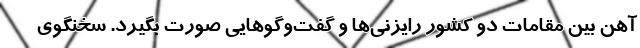
آهن بین مقامات دو کشور رایزنی‌ها و گفت‌وگوهایی صورت بگیرد. سخنگوی